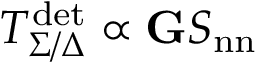
T _ { \Sigma / \Delta } ^ { \mathrm { d e t } } \propto \mathbf { G } S _ { \mathrm { n n } }